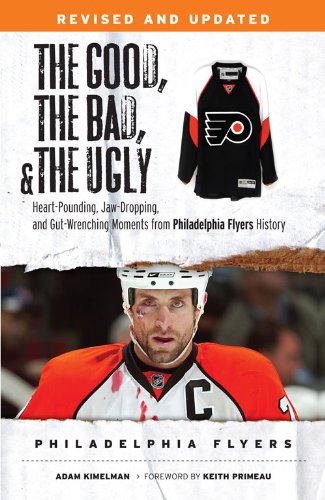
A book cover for The Good, the Bad, & the Ugly: Philadelphia Flyers: Heart-pounding, Jaw-dropping, and Gut-wrenching Moments from Philadelphia Flyers History (The Good, the Bad, and the Ugly); Adam Kimelman; Sports & Outdoors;